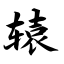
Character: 辕